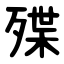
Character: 殜